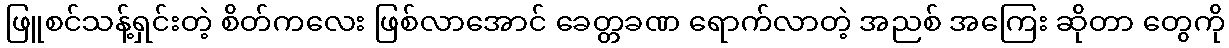
ဖြူစင်သန့်ရှင်းတဲ့ စိတ်ကလေး ဖြစ်လာအောင် ခေတ္တခဏ ရောက်လာတဲ့ အညစ် အကြေး ဆိုတာ တွေကို